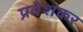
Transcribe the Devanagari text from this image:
प्रवेशकर